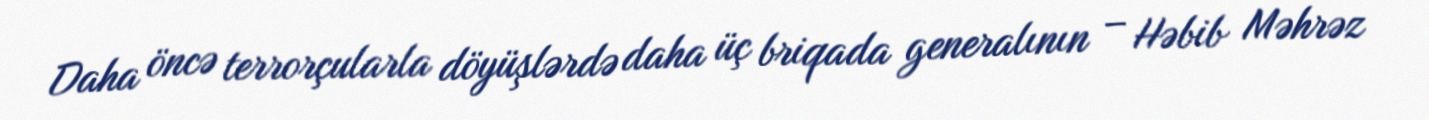
Daha öncə terrorçularla döyüşlərdə daha üç briqada generalının – Həbib Məhrəz